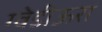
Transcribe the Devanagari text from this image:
ग्वेडीऊरा